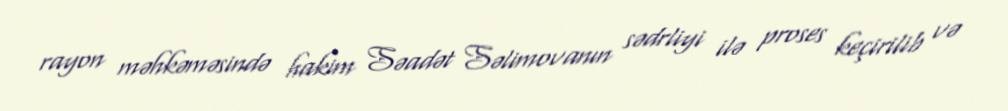
rayon məhkəməsində hakim Səadət Səlimovanın sədrliyi ilə proses keçirilib və